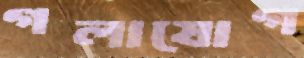
গলাযোগ